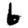
Digit: 6